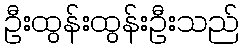
ဦးထွန်းထွန်းဦးသည်